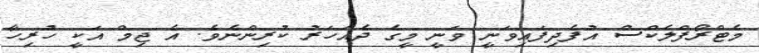
މެޓްރޯފްލެކްސް އުފެދިފައިވަނީ ވަނީ މީގެ ދެއަހަރު ކުރިންނެވެ. އެ ޖިމް އަކީ ހުރިހާ